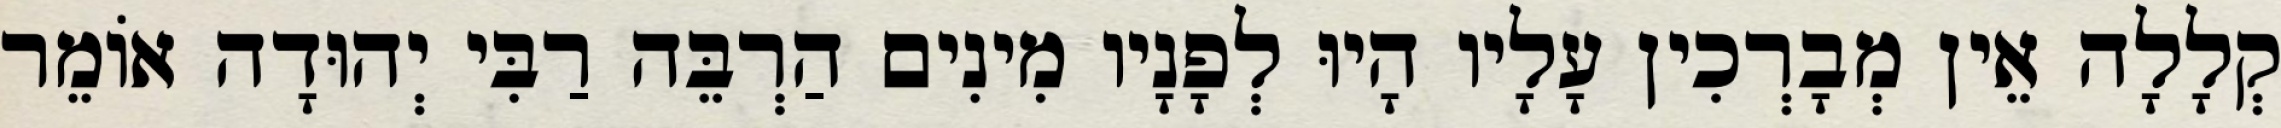
קְלָלָה אֵין מְבָרְכִין עָלָיו הָיוּ לְפָנָיו מִינִים הַרְבֵּה רַבִּי יְהוּדָה אוֹמֵר